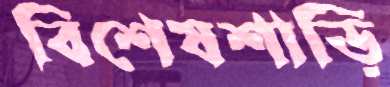
বিশেষশাড়ি